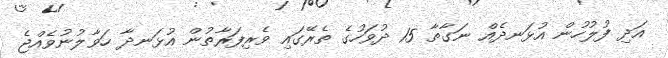
އަދި ފުލުހުން އުޅަނދެއް ނަގާތާ 15 ދުވަހުގެ ތެރޭގައި ވެރިފަރާތުން އުޅަނދާ ހަވާލުނުވެއްޖެ